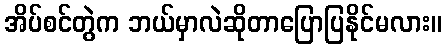
အိပ်စင်တွဲက ဘယ်မှာလဲဆိုတာပြောပြနိုင်မလား။